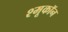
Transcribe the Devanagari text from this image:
श्मूकॉन